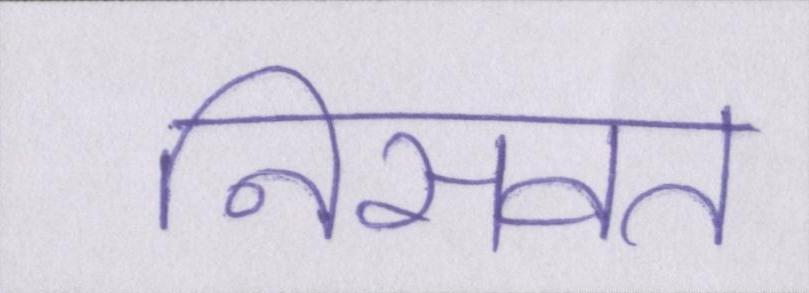
निसवत